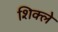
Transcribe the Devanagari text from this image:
शिक्ले